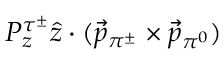
P _ { z } ^ { \tau ^ { \pm } } \hat { z } \cdot ( \vec { p } _ { \pi ^ { \pm } } \times \vec { p } _ { \pi ^ { 0 } } )